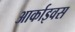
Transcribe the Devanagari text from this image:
आर्काइवस